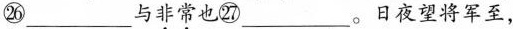
㉖___与\underset{·}{非}\underset{·}{常}也㉗___。日夜望将军至，